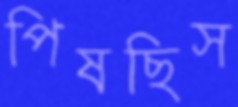
পিষছিস